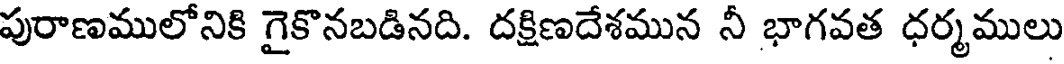
పురాణములోనికి గైకొనబడినది. దక్షిణదేశమున నీ భాగవత ధర్మములు